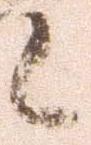
候